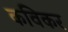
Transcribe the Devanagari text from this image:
कविकर